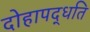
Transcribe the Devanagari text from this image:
दोहापद्धति